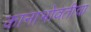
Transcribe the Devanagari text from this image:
कानाभोवतीचा